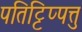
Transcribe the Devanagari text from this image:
पतिट्टिप्पत्तु